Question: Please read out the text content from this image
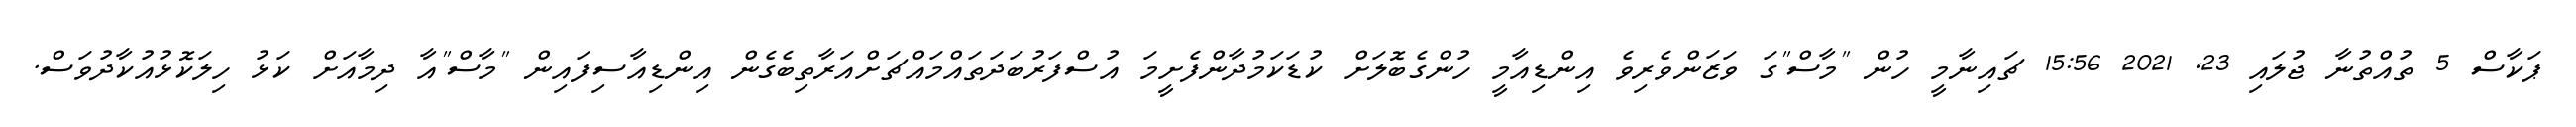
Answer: ޕަކާސް 5 ތުއްތުނާ ޖުލައި 23, 2021 15:56 ޗައިނާމީ ހުން "މާސް"ގަ ވަޒަންވެރިވެ އިންޑިއާމީ ހުންގެބޮލަށް ކުޑަކަމުދާންފެށީމަ އުސްފަރުބަދަތައްމައްޗަށްއަރާތިބެގެން އިންޑިއާސިފައިން "މާސް"އާ ދިމާއަށް ކަޅު ހިލަކޮޅުއުކާދުވަސް.